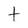
Character: t